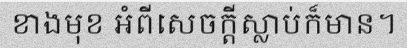
ខាងមុខ អំពីសេចក្តីស្លាប់ក៏មាន។